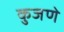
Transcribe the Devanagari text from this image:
कुजणे